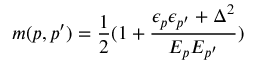
m ( p , p ^ { \prime } ) = \frac { 1 } { 2 } ( 1 + \frac { \epsilon _ { p } \epsilon _ { p ^ { \prime } } + \Delta ^ { 2 } } { E _ { p } E _ { p ^ { \prime } } } )